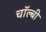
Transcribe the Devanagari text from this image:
चॉल्बी